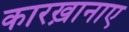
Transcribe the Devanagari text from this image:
कारख़ानाए